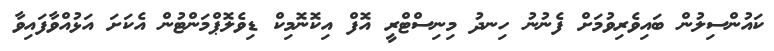
ކައުންސިލުން ބައިވެރިވުމަށް ފެނުނު ހިނދު މިނިސްޓްރީ އޮފް އިކޮނޮމިކް ޑިވެލޮޕްމަންޓުން އެކަށަ އަޅުއްވާފައިވާ